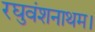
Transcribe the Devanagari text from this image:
रघुवंशनाथम।